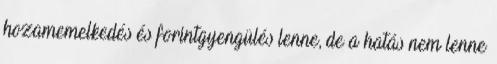
hozamemelkedés és forintgyengülés lenne, de a hatás nem lenne